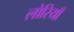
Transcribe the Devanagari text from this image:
लोरियाँ